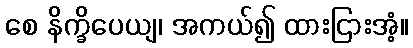
စေ နိက္ခိပေယျ၊ အကယ်၍ ထားငြားအံ့။